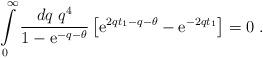
LaTeX: \begin{align*}\int\limits_0^\infty \frac{dq\;q^4}{1 - \mathrm{e}^{-q-\theta}}\left[\mathrm{e}^{2qt_1 - q - \theta} - \mathrm{e}^{-2qt_1}\right] = 0\;.\end{align*}